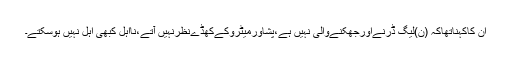
ان کاکہناتھاکہ (ن)لیگ ڈرنےاورجھکنےوالی نہیں ہے،پشاورمیٹروکےکھڈےنظرنہیں آتے،نااہل کبھی اہل نہیں ہوسکتے۔